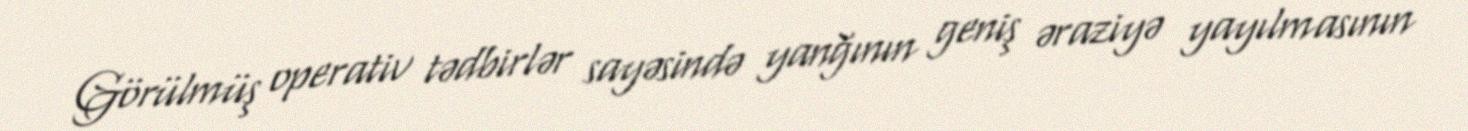
Görülmüş operativ tədbirlər sayəsində yanğının geniş əraziyə yayılmasının